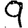
Digit: 9